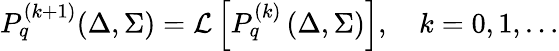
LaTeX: P_{q}^{(k+1)}(\Delta,\Sigma)={\cal L}\left[P_{q}^{(k)}\left(\Delta,\Sigma\right)\right],\quad k=0,1,\dots